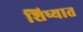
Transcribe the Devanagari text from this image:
शिष्यात